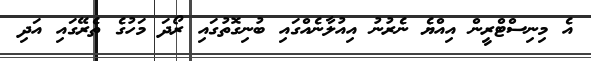
އެ މިނިސްޓްރީން އިއްޔެ ނެރުނު އިއުލާނެއްގައި ބުނިގޮތުގައި ރޯދަ މަހުގެ ތެރޭގައި އަދި